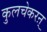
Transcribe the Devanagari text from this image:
कुलचेकरऩ्